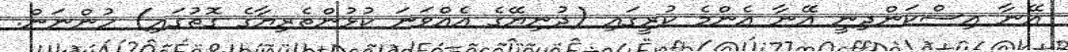
އޭނާ އިސްކަންދިނީ އޭނާ އެންމެ ކުރީގައި (ދުނިޔޭގެ އެއްވަނަ ކުޅުންތެރިޔާގެ ގޮތުގައި) ހުންނަން.